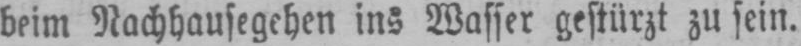
beim Nachhausegehen ins Wasser gestürzt zu sein.